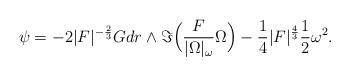
\begin{align*} \psi = -2|F|^{-\frac{2}{3}} G dr \wedge \Im \Big(\frac{F}{|\Omega|_\omega} \Omega \Big) - \frac{1}{4} |F|^\frac{4}{3} \frac{1}{2} \omega^2.\end{align*}